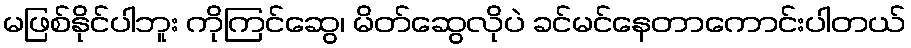
မဖြစ်နိုင်ပါဘူး ကိုကြင်ဆွေ၊ မိတ်ဆွေလိုပဲ ခင်မင်နေတာကောင်းပါတယ်